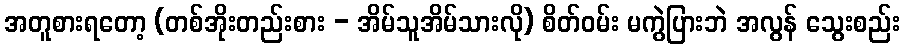
အတူစားရတော့ (တစ်အိုးတည်းစား - အိမ်သူအိမ်သားလို) စိတ်ဝမ်း မကွဲပြားဘဲ အလွန် သွေးစည်း